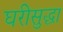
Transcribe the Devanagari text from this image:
घरीसुद्धा